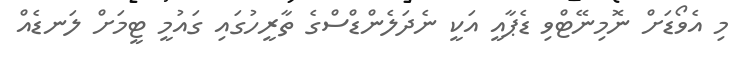
މި އެވޯޑަށް ނޮމިނޭޓްވި ޑެޕާއީ އަކީ ނެދަލެންޑްސްގެ ތާރީހުގައި ގައުމީ ޓީމަށް ލަނޑެއް